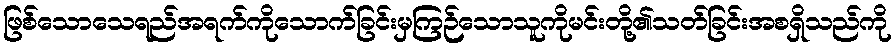
ဖြစ်သောသေရည်အရက်ကိုသောက်ခြင်းမှကြဉ်သောသူကိုမင်းတို့၏သတ်ခြင်းအစရှိသည်ကို